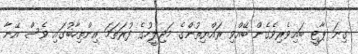
ގިނަ ޕާޓީ ބައިވެރިވެގެން ބޭއްވި ރައްޔިތުންގެ މަޖިލީހުގެ ފުރަތަމަ އިންތިހާބުގައި ވެސް އޭނާ